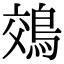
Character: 鵁